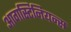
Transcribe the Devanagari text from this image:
आगस्टिनियन्स